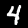
Digit: 4